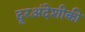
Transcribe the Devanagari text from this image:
दूरअंदेशीकी